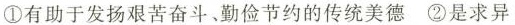
①有助于发扬艰苦奋斗、勤俭节约的传统美德②是求异